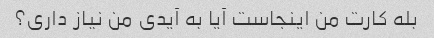
بله کارت من اینجاست آیا به آیدی من نیاز داری؟